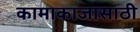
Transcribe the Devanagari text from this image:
कामाकाजासाठी